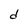
Character: d